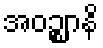
အဝဉ္ဈာနိ